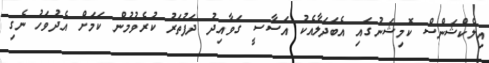
އިލެކްޝަންސް ކޮމިޝަނުގައި އެބަދަލާއެކު އަސާސީ ގަވާއިދު ދަފުތަރު ކުރެވުމުން ކަމަށް އެދުވަހު ނެގި